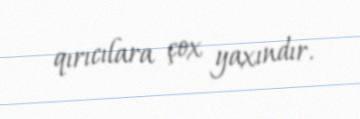
qırıcılara çox yaxındır.